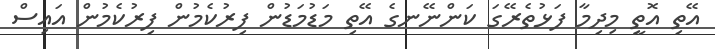
އޭތި އޮތީ މިދިމާ ފަޅުތެރޭގަ ކަންނޭނގެ އޭތި މަޑުމަޑުން ފިރުކެމުން ފިރުކެމުން އައިސް